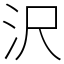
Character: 沢